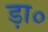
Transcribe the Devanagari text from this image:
ड़ा०